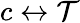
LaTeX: c\leftrightarrow\mathcal{T}